Lunatic asylums Madras 1877-1891 - 1877-1891
Year: 1877
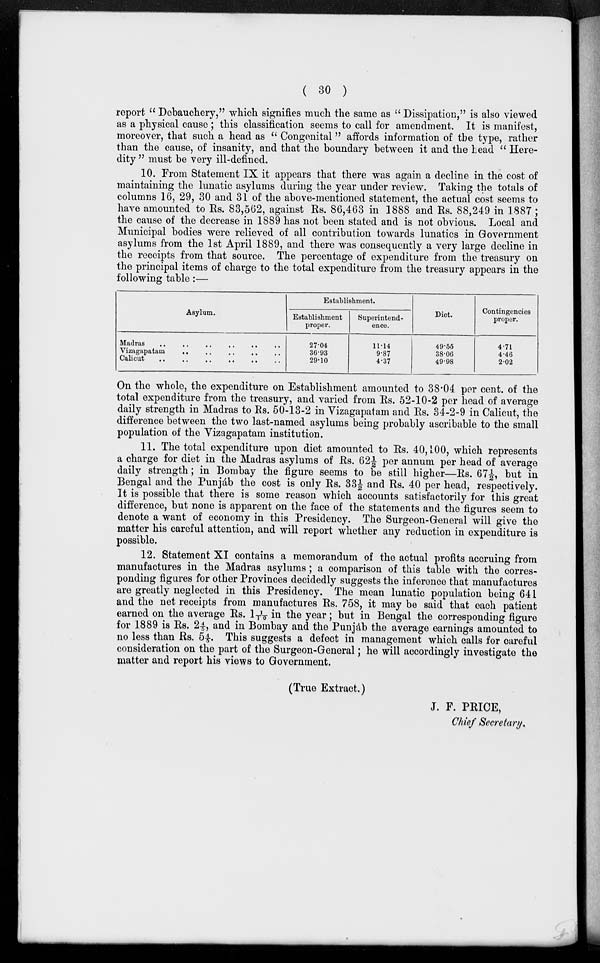
( 30 )
report " Debauchery," which signifies much the same as " Dissipation," is also viewed
as a physical cause ; this classification seems to call for amendment. It is manifest,
moreover, that such a head as " Congenital" affords information of the type, rather
than the cause, of insanity, and that the boundary between it and the head " Here-
dity " must be very ill-defined.
10. From Statement IX it appears that there was again a decline in the cost of
maintaining the lunatic asylums during the year under review. Taking the totals of
columns 16, 29, 30 and 31 of the above-mentioned statement, the actual cost seems to
have amounted to Rs. 83,562, against Rs. 86,463 in 1888 and Rs. 88,249 in 1887 ;
the cause of the decrease in 1889 has not been stated and is not obvious. Local and
Municipal bodies were relieved of all contribution towards lunatics in Government
asylums from the 1st April 1889, and there was consequently a very large decline in
the receipts from that source. The percentage of expenditure from the treasury on
the principal items of charge to the total expenditure from the treasury appears in the
following table:—
Asylum.
Madras
..
..
..
..
..
..
Vizagapatam .. .. .. .. ..
Calicut
..
..
..
..
..
..
Establishment.
Establishment
proper.
27.04
36.93
29.10
Superintend-
ence.
11.14
9.87
4.37
Diet.
49.55
38.06
49.98
Contingencies
proper.
4.71
4.46
2.02
On the whole, the expenditure on Establishment amounted to 38.04 per cent. of the
total expenditure from the treasury, and varied from Rs. 52-10-2 per head of average
daily strength in Madras to Rs. 50-13-2 in Vizagapatam and Rs. 34-2-9 in Calicut, the
difference between the two last-named asylums being probably ascribable to the small
population of the Vizagapatam institution.
11. The total expenditure upon diet amounted to Rs. 40,100, which represents
a charge for diet in the Madras asylums of Rs. 62½ per annum per head of average
daily strength; in Bombay the figure seems to be still higher—Rs. 67½, but in
Bengal and the Punjáb the cost is only Rs. 33½ and Rs. 40 per head, respectively.
It is possible that there is some reason which accounts satisfactorily for this great
difference, but none is apparent on the face of the statements and the figures seem to
denote a want of economy in this Presidency. The Surgeon-General will give the
matter his careful attention, and will report whether any reduction in expenditure is
possible.
12. Statement XI contains a memorandum of the actual profits accruing from
manufactures in the Madras asylums; a comparison of this table with the corres-
ponding figures for other Provinces decidedly suggests the inference that manufactures
are greatly neglected in this Presidency. The mean lunatic population being 641
and the net receipts from manufactures Rs. 758, it may be said that each patient
earned on the average Rs. 1 1/10 in the year; but in Bengal the corresponding figure
for 1889 is Rs. 2 4/5, and in Bombay and the Punjáb the average earnings amounted to
no less than Rs. 5 4/5. This suggests a defect in management which calls for careful
consideration on the part of the Surgeon-General; he will accordingly investigate the
matter and report his views to Government.
(True Extract.)
J. F. PRICE,
Chief Secretary.